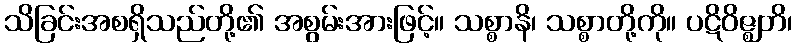
သိခြင်းအစရှိသည်တို့၏ အစွမ်းအားဖြင့်။ သစ္စာနိ၊ သစ္စာတို့ကို။ ပဋိဝိဇ္ဈတိ၊